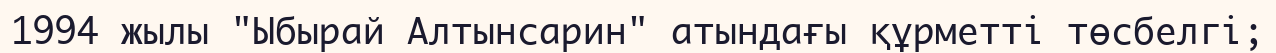
1994 жылы "Ыбырай Алтынсарин" атындағы құрметті төсбелгі;